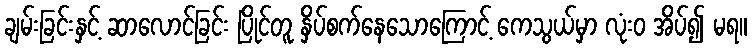
ချမ်းခြင်းနှင့် ဆာလောင်ခြင်း ပြိုင်တူ နှိပ်စက်နေသောကြောင့် ကေသွယ်မှာ လုံးဝ အိပ်၍ မရ။